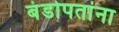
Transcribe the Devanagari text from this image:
बंडोपतांना